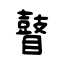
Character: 瞽